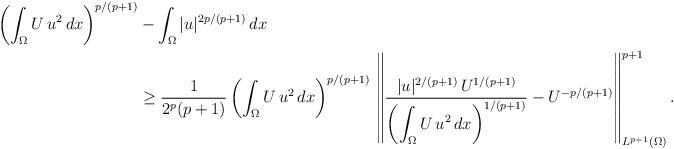
LaTeX: \begin{align*}\left(\int_\Omega U\,u^2\,dx\right)^{p/(p+1)}&-\int_\Omega|u|^{2p/(p+1)}\,dx\\&\ge\frac{1}{2^p(p+1)}\left(\int_\Omega U\,u^2\, dx\right)^{p/(p+1)}\,\left\|\frac{|u|^{2/(p+1)}\,U^{1/(p+1)}}{\displaystyle\left(\int_\Omega U\,u^2\,dx\right)^{1/(p+1)}}-U^{-p/(p+1)}\right\|^{p+1}_{L^{p+1}(\Omega)}.\end{align*}